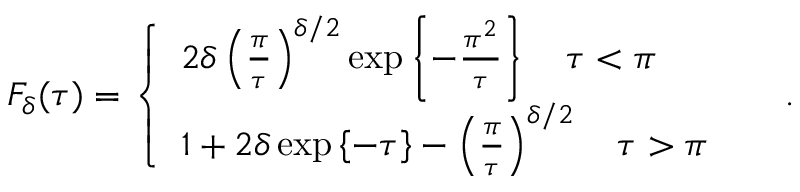
F _ { \delta } ( \tau ) = \left\{ \begin{array} { l l } { { 2 \delta \left( \frac { \pi } { \tau } \right) ^ { \delta / 2 } \exp \left\{ - \frac { \pi ^ { 2 } } { \tau } \right\} \quad \tau < \pi } } & { { } } \\ { { 1 + 2 \delta \exp \left\{ - \tau \right\} - \left( \frac { \pi } { \tau } \right) ^ { \delta / 2 } \quad \tau > \pi } } \end{array} \right. ~ .